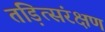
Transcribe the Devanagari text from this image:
तड़ित्संरक्षण